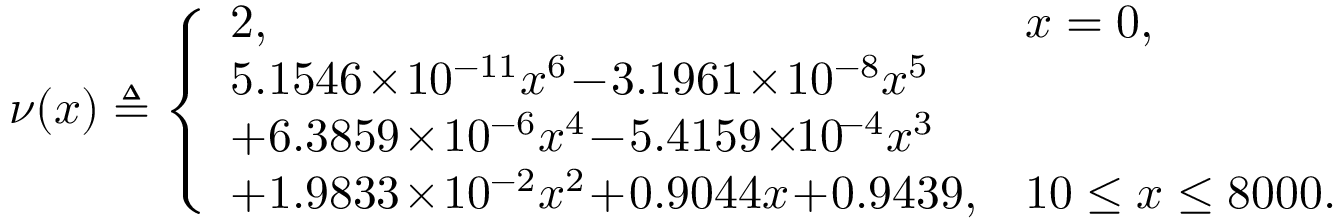
\begin{array} { r } { \nu ( x ) \triangleq \left\{ \begin{array} { l l } { 2 , } & { x = 0 , } \\ { 5 . 1 5 4 6 \! \times \! 1 0 ^ { - 1 1 } x ^ { 6 } \! - \! 3 . 1 9 6 1 \! \times \! 1 0 ^ { - 8 } x ^ { 5 } } \\ { + 6 . 3 8 5 9 \! \times \! 1 0 ^ { - 6 } x ^ { 4 } \! - \! 5 . 4 1 5 9 \! \times \! \! 1 0 ^ { \! - 4 } x ^ { 3 } } \\ { + 1 . 9 8 3 3 \! \times \! 1 0 ^ { - 2 } x ^ { 2 } \! + \! 0 . 9 0 4 4 x \! + \! 0 . 9 4 3 9 , } & { 1 0 \leq x \leq 8 0 0 0 . } \end{array} \right. } \end{array}